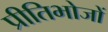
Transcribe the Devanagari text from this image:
प्रीतिभोजों